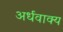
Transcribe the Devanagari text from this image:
अर्धवाक्य